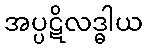
အပ္ပဋိလဒ္ဓါယ